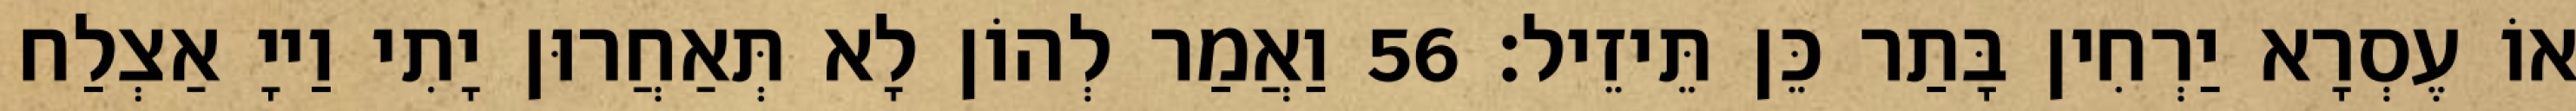
אוֹ עֶסְרָא יַרְחִין בָּתַר כֵּן תֵּיזֵיל׃ 56 וַאֲמַר לְהוֹן לָא תְּאַחֲרוּן יָתִי וַייָ אַצְלַח